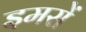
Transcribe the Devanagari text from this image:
इमसें